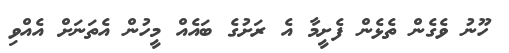
ހޫނު ވެގެން ތެޅެން ފެށީމާ އެ ރަށުގެ ބައެއް މީހުން އެތަނަށް އެއްވި